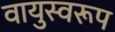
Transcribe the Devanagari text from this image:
वायुस्वरूप